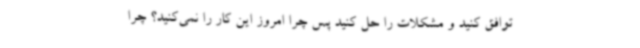
توافق کنید و مشکلات را حل کنید پس چرا امروز این کار را نمی‌کنید؟ چرا